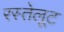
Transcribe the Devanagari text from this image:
रस्तेलूट